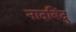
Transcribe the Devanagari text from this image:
नादबिंदु